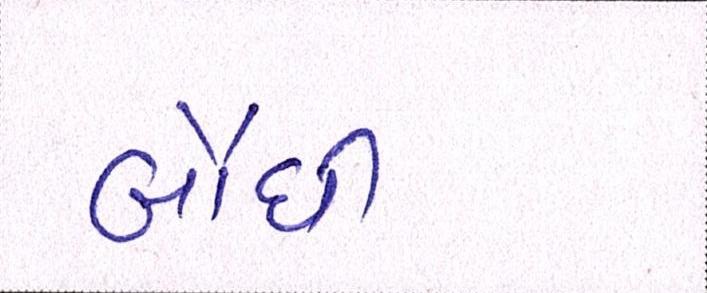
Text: બૌધી